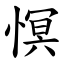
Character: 慏